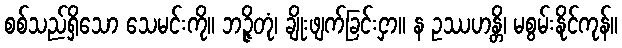
စစ်သည်ရှိသော သေမင်းကို။ ဘဉ္ဇိတုံ၊ ချိုးဖျက်ခြင်းငှာ။ န ဥဿဟန္တိ၊ မစွမ်းနိုင်ကုန်။